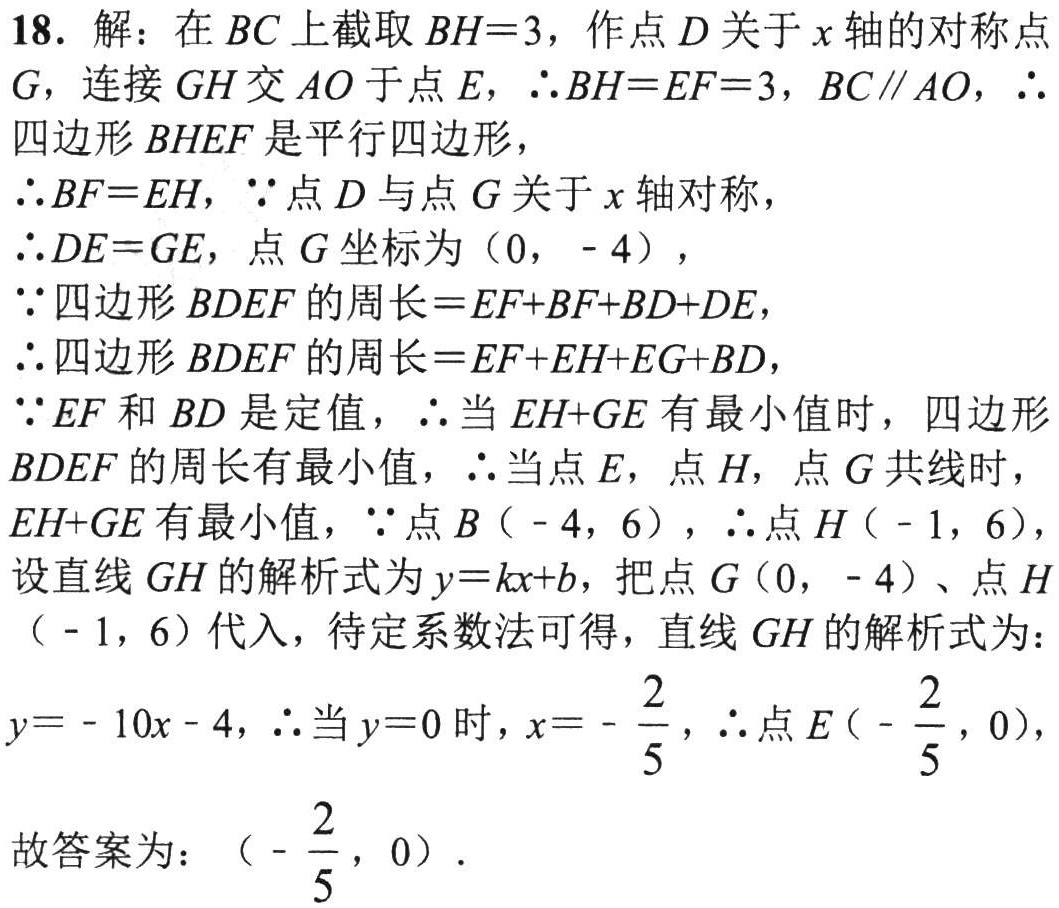
18. 解：在 \(BC\) 上截取 \(BH = 3\)，作点 \(D\) 关于 \(x\) 轴的对称点
\(G\)，连接 \(GH\) 交 \(AO\) 于点 \(E\)，\(\therefore BH=EF = 3\)，\(BC\parallel AO\)，\(\therefore\)
四边形 \(BHEF\) 是平行四边形，
\(\therefore BF = EH\)，\(\because\)点 \(D\) 与点 \(G\) 关于 \(x\) 轴对称，
\(\therefore DE = GE\)，点 \(G\) 坐标为（\(0\)，\(-4\)），
\(\because\)四边形 \(BDEF\) 的周长\(=EF + BF+BD + DE\)，
\(\therefore\)四边形 \(BDEF\) 的周长\(=EF + EH+EG + BD\)，
\(\because EF\) 和 \(BD\) 是定值，\(\therefore\)当 \(EH + GE\) 有最小值时，四边形
\(BDEF\) 的周长有最小值，\(\therefore\)当点 \(E\)，点 \(H\)，点 \(G\) 共线时，
\(EH + GE\) 有最小值，\(\because\)点 \(B(-4,6)\)，\(\therefore\)点 \(H(-1,6)\)，
设直线 \(GH\) 的解析式为 \(y = kx + b\)，把点 \(G(0,-4)\)、点 \(H\)
\((-1,6)\) 代入，待定系数法可得，直线 \(GH\) 的解析式为：
\(y=-10x - 4\)，\(\therefore\)当 \(y = 0\) 时，\(x=-\frac{2}{5}\)，\(\therefore\)点 \(E(-\frac{2}{5},0)\)，
故答案为：\((-\frac{2}{5},0)\)．